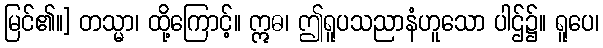
မြင်၏။] တသ္မာ၊ ထို့ကြောင့်။ ဣဓ၊ ဤရူပသညာနံဟူသော ပါဌ်၌။ ရူပေ၊